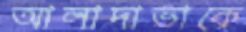
আলাদাভাকে